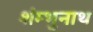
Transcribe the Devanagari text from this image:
शंम्भुनाथ